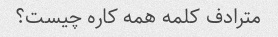
مترادف کلمه همه کاره چیست؟